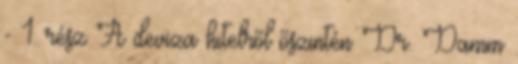
- 1. rész A deviza hitelről őszintén Dr. Damm